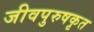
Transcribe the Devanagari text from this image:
जीवपुरुषकृत